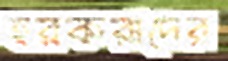
হরকরাদের